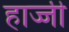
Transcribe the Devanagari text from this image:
हाज्जी